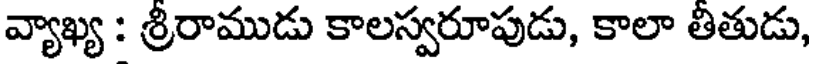
వ్యాఖ్య : శ్రీరాముడు కాలస్వరూపుడు, కాలా తితుడు,